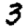
Digit: 3